DOW-UAP-D32, Mission Report, Syria, October 2024
Agency: Department of War
Incident date: 10/20/24
Incident location: Syria
Page 2
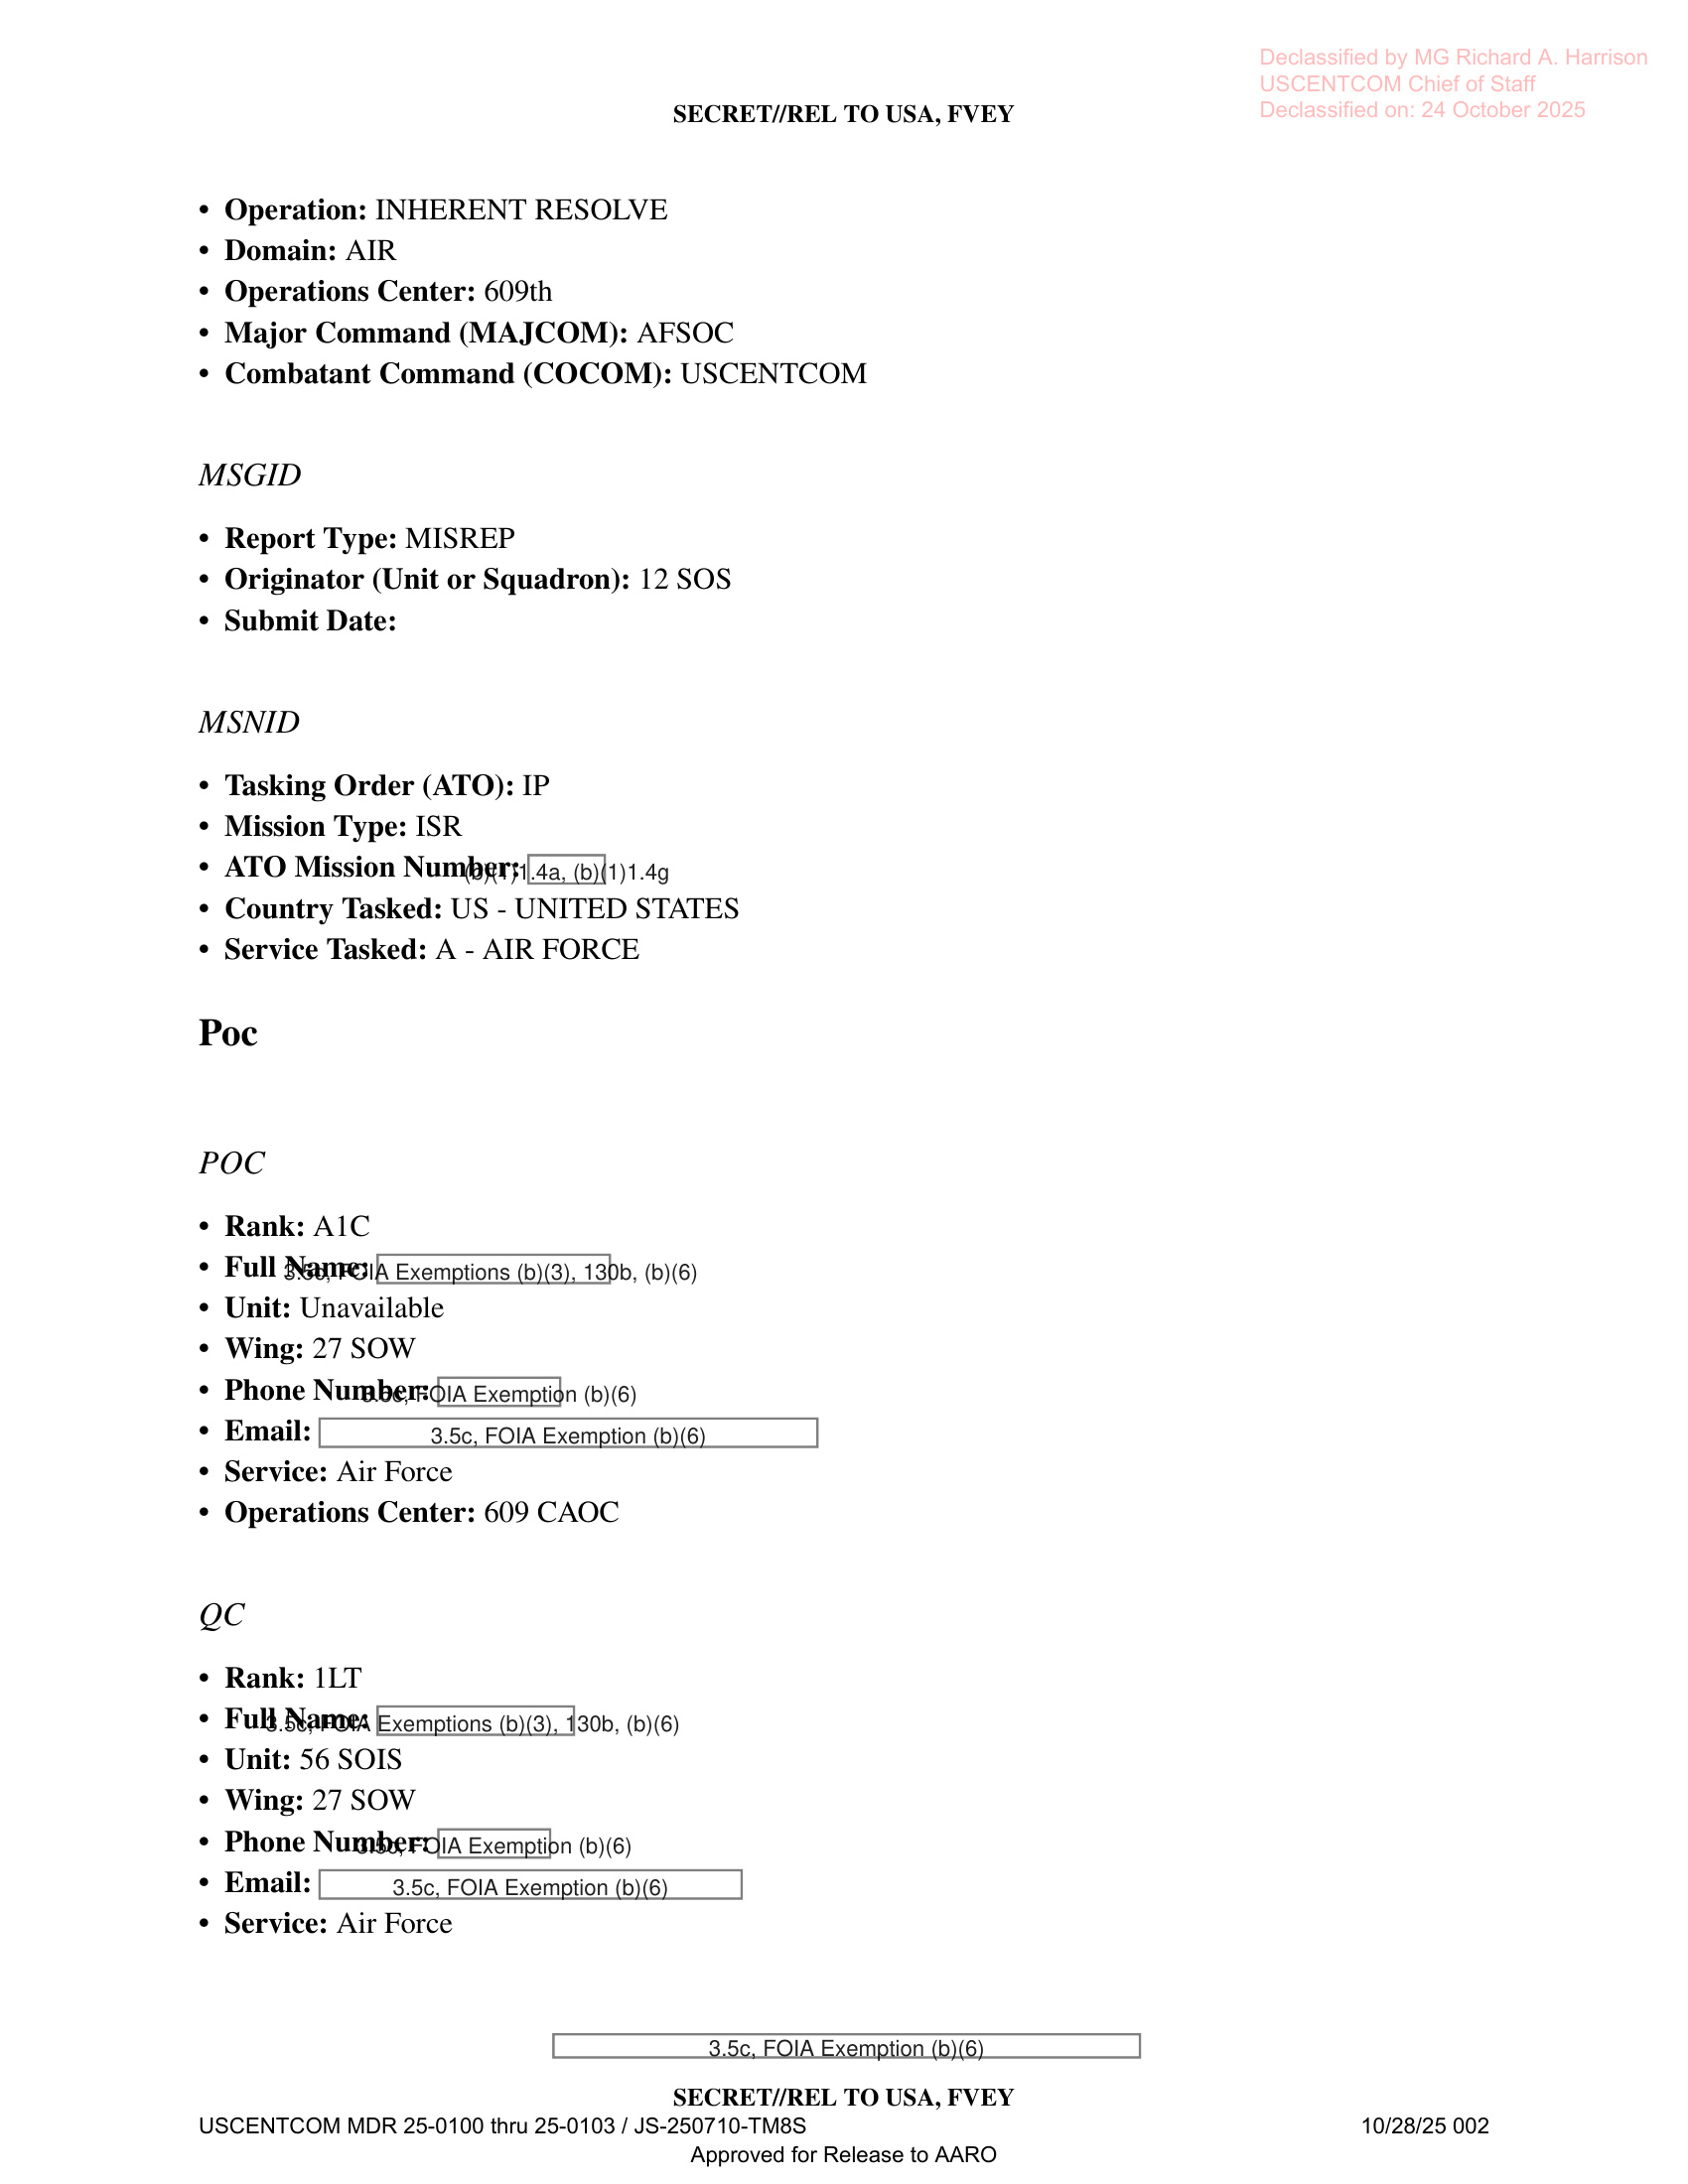